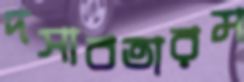
দসাবতারম